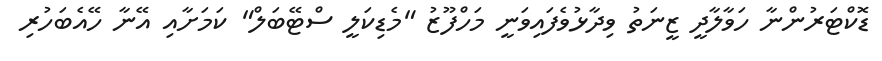
ޑޮކްޓަރުންނާ ހަވާލާދީ ޒީނަތު ވިދާޅުވެފައިވަނީ މަހްފޫޒު "މެޑިކަލީ ސްޓޭބަލް" ކަމަށާއި އޭނާ ހޭއެބަހުރި